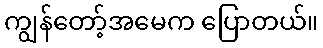
ကျွန်တော့်အမေက ပြောတယ်။